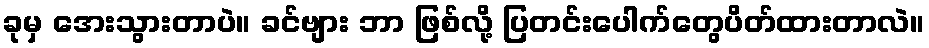
ခုမှ အေးသွားတာပဲ။ ခင်ဗျား ဘာ ဖြစ်လို့ ပြတင်းပေါက်တွေပိတ်ထားတာလဲ။